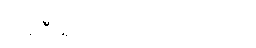
တစ်ဦးရှိတယ်လို့ သိရပါတယ်။